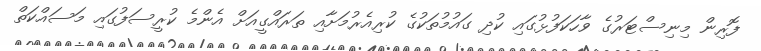
ފޮރިން މިނިސްޓަރުގެ ވާހަކަފުޅުގައި ކުދި ގައުމުތަކުގެ ކުރިއެރުމަށާއި ތަރައްގީއަށް އެންމެ ކުރީސަފުގައި މަސައްކަތް